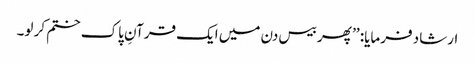
ارشاد فرمایا: ’’ پھر بیس دن میں ایک قرآنِ پاک ختم کر لو۔